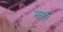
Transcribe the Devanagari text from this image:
माग़ी